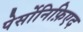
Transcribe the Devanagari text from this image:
पेर्सोनिफ़िएद